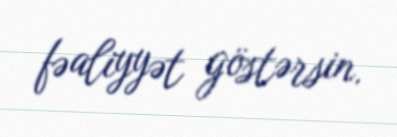
fəaliyyət göstərsin.